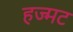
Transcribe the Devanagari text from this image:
हज्मट